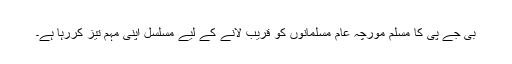
بی جے پی کا مسلم مورچہ عام مسلمانوں کو قریب لانے کے لیے مسلسل اپنی مہم تیز کررہا ہے۔